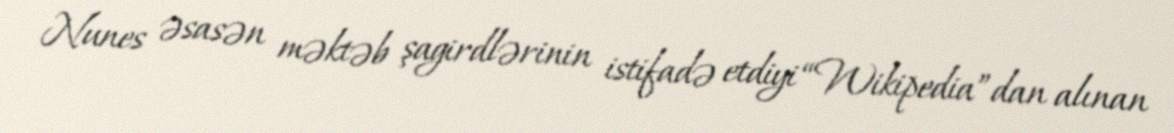
Nunes əsasən məktəb şagirdlərinin istifadə etdiyi “Wikipedia”dan alınan